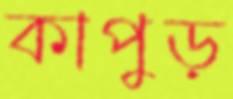
কাপুড়